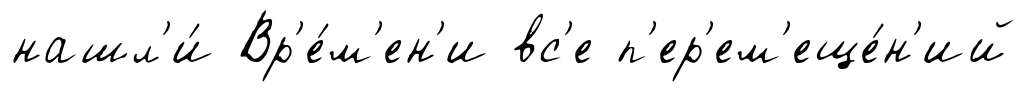
нашл'и́ Вр'е́м'ен'и вс'е п'ер'ем'еще́н'ий